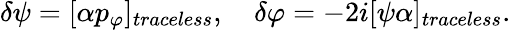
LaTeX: \delta\psi=[\alpha p_{\varphi}]_{traceless},\quad\delta\varphi=-2i[\psi\alpha]_{traceless}.